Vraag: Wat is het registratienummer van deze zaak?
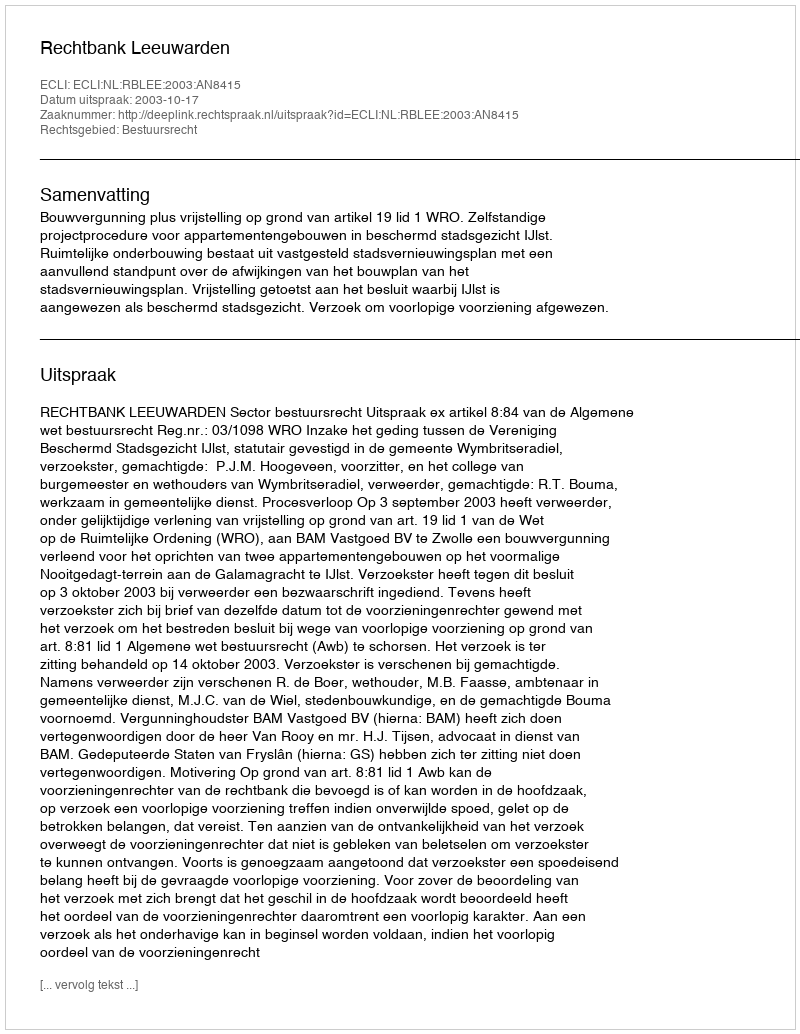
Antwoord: http://deeplink.rechtspraak.nl/uitspraak?id=ECLI:NL:RBLEE:2003:AN8415